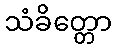
သံခိတ္တော